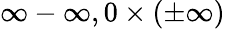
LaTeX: \infty-\infty,0\times(\pm\infty)